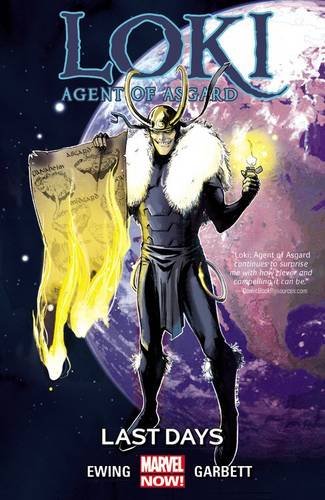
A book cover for Loki: Agent of Asgard Vol. 3: Last Days; Al Ewing; Comics & Graphic Novels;